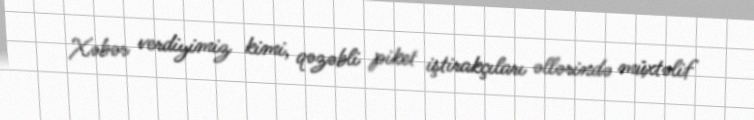
Xəbər verdiyimiz kimi, qəzəbli piket iştirakçıları əllərində müxtəlif